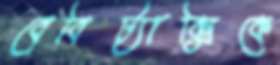
বেবিট্যাক্সিকে